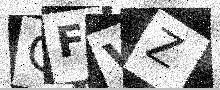
Text: QFVZ